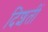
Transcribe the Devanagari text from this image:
दिशतीं